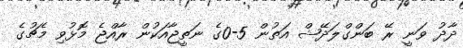
ދާދު ވަނީ ރޭ ބަންގްލަދޭޝް އަތުން 5-0ގެ ނަތީޖާއަކުން ރާއްޖެ މޮޅުވި މެޗުގެ